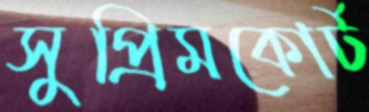
সুপ্রিমকোর্ট